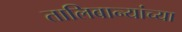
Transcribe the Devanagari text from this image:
तालिबान्यांच्या